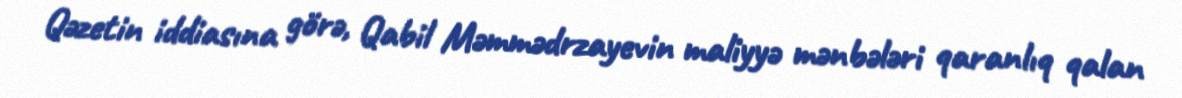
Qəzetin iddiasına görə, Qabil Məmmədrzayevin maliyyə mənbələri qaranlıq qalan